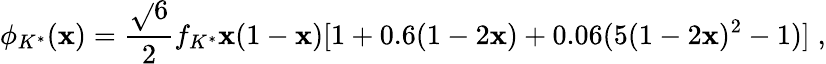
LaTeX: \phi_{K^{*}}(\mathbf{x})=\frac{{\sqrt{}{{6}}}}{{2}}f_{K^{*}}\mathbf{x}(1-\mathbf{x})[1+0.6(1-2\mathbf{x})+0.06(5(1-2\mathbf{x})^{2}-1)]\; ,